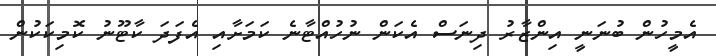
އެމީހުން ބުނަނީ އިންޒާރު ދިނަސް އެކަން ނުހުއްޓާނެ ކަމަށާއި އެފަދަ ކާޓޫނު ކޮމިކަކުން